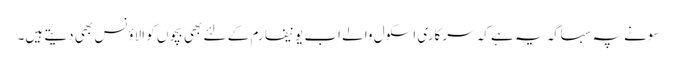
سونے پہ سہاگہ یہ ہے کہ سرکاری اسکول والے اب یونیفارم کے لئے بھی بچوں کو الاؤنس بھی دیتے ہیں۔